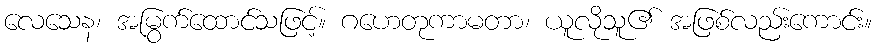
လေသေန၊ အမြွက်ထောင်သဖြင့်။ ဂဟေတုကာမတာ၊ ယူလိုသူ၏ အဖြစ်လည်းကောင်း။